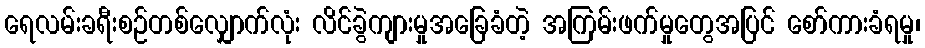
ရေလမ်းခရီးစဉ်တစ်လျှောက်လုံး လိင်ခွဲကျားမှုအခြေခံတဲ့ အကြမ်းဖက်မှုတွေအပြင် စော်ကားခံရမှု၊